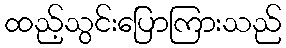
ထည့်သွင်းပြောကြားသည်